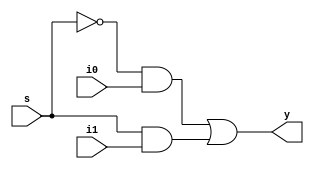
`timescale 1ns / 1ps
//////////////////////////////////////////////////////////////////////////////////
// Company: 
// Engineer: 
// 
// Design Name: 
// Module Name: mux_2x1
// Project Name: 
// Target Devices: 
// Tool Versions: 
// Description: 
// 
// Dependencies: 
// 
// Revision:
// Revision 0.01 - File Created
// Additional Comments:
// 
//////////////////////////////////////////////////////////////////////////////////


module mux_2x1(i0,i1,s,y);
    input i0,i1,s;
    output y;
    
    wire sbar,p,q;
    
    not n1(sbar,s);
    and a1(p,sbar,i0);
    and a2(q,s,i1);
    or o1(y,p,q);
    
endmodule